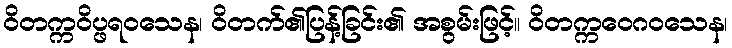
ဝိတက္ကဝိပ္ဖရဝသေန၊ ဝိတက်၏ပြန့်ခြင်း၏ အစွမ်းဖြင့်။ ဝိတက္ကဝေဂဝသေန၊